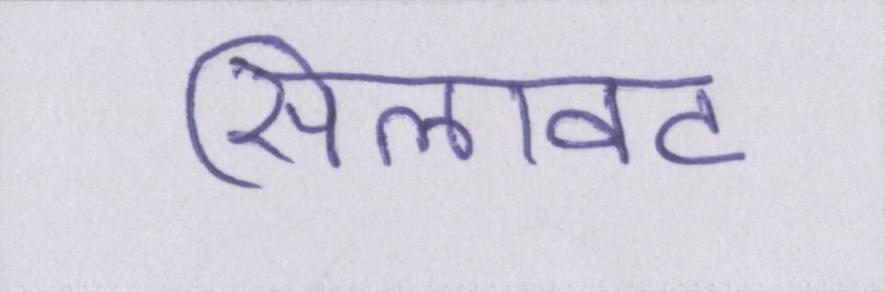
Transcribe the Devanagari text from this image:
सिलावट